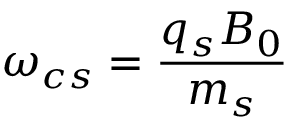
\omega _ { c s } = \frac { q _ { s } B _ { 0 } } { m _ { s } }